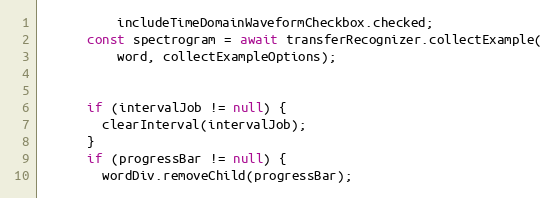
Language: JavaScript
          includeTimeDomainWaveformCheckbox.checked;
      const spectrogram = await transferRecognizer.collectExample(
          word, collectExampleOptions);

      if (intervalJob != null) {
        clearInterval(intervalJob);
      }
      if (progressBar != null) {
        wordDiv.removeChild(progressBar);